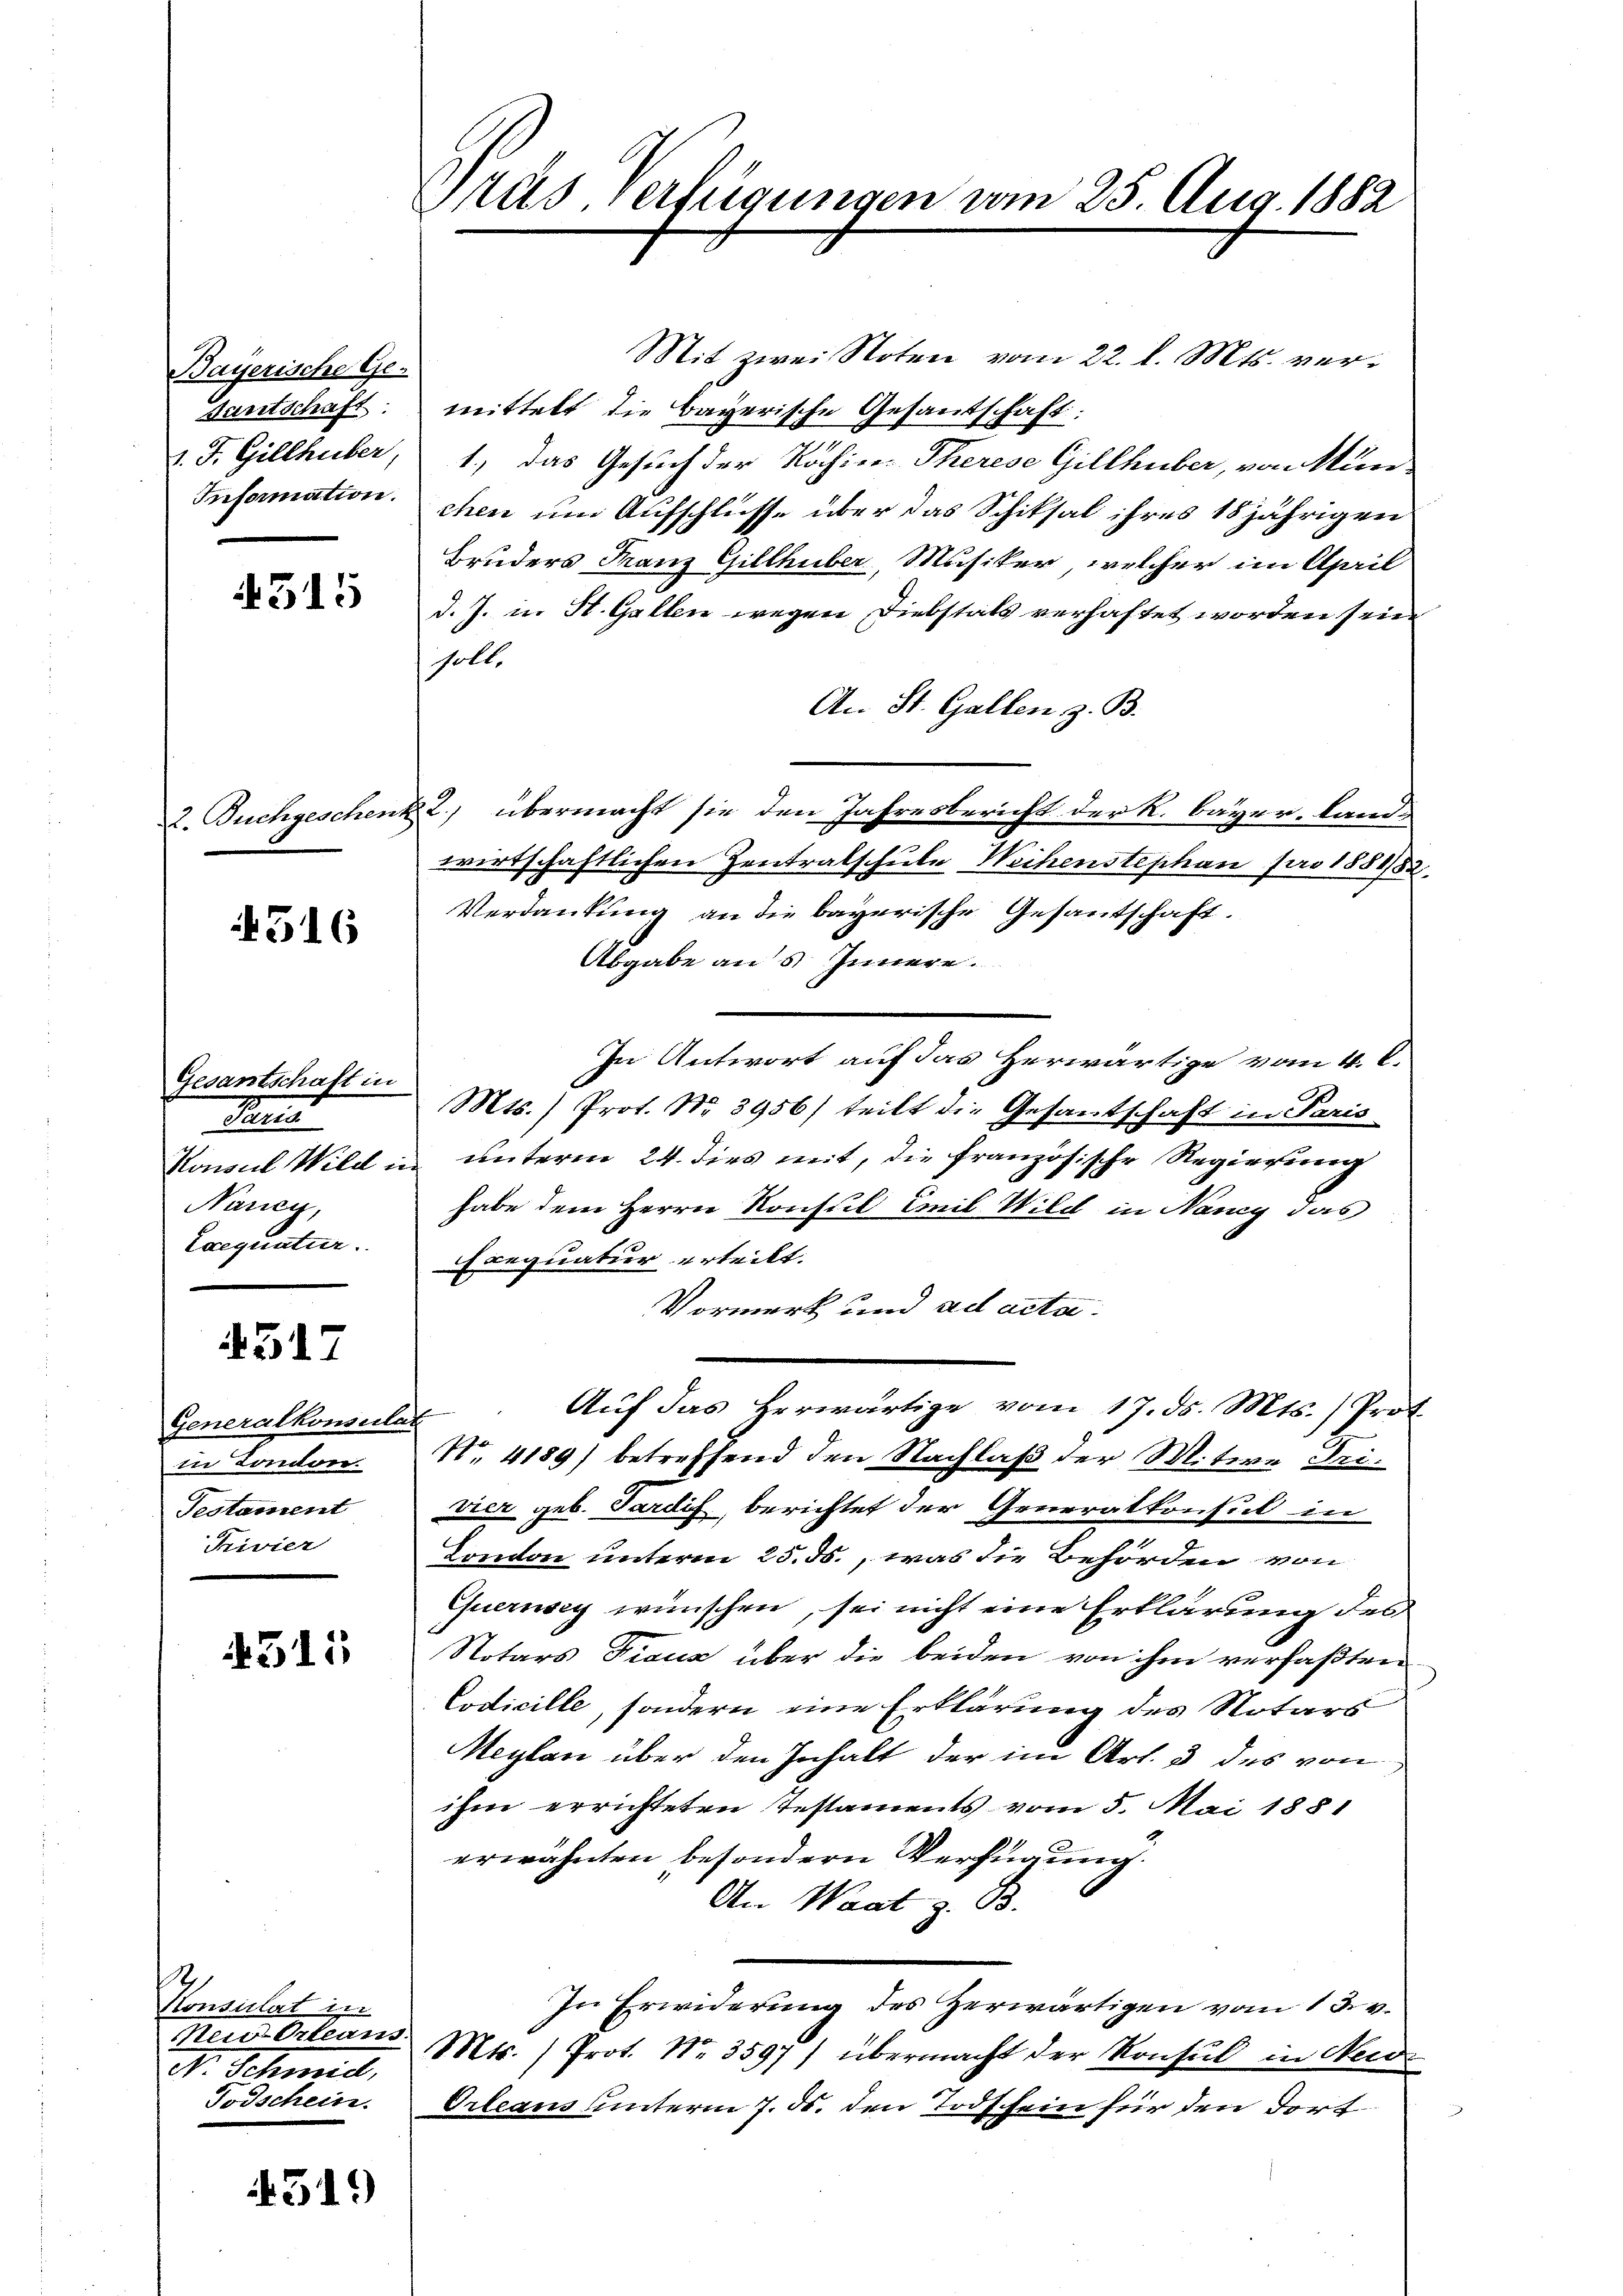
Bayerische Ge-
Sanitschaft.
Information.

4515

2. Buchgeschen

4516

Gesantschaft in
Pers
Nancy,
Exequatur.

4517

Generalkonsulat
in London.
Testament
Privier

4515

Konsulat in
New-Orleans
et. Schmid,
Todschein.

519)

Gras verfügungen vom 25. Aug. 1882

Mit zwei Noten vom 22. d. Mts. vermittelt die Bayerische Gesantschaft:
v. J. Gillhuber, 1., das Gesuch der Rochiven Therese Gillhuber, von Mün-
chen um Aufschlusse über das Schiksal ihres 15jährigen
Bruders Franz Gillhuber, Musiker, welcher im April
d. J. in St. Gallen wegen Diebstals verhaftet worden sein
solle
An St. Gallen z. B.
2) übermacht sie den Jahresbericht der R. bayer land-
wirtschaftlichen Zentralschule Weihenstephan pro 1881/82
Verdankung an die bayerische Gesantschaft.
Abgabe ans Innere.
In Antwort auf das Herwärtige vom 4. C.
Mts.) Prot. No. 3956) teilt die Gesantschaft in Paris
Konsul Wild in unterm 24. dies mit, die französische Regierung
habe dem Herrn Konsul Emil Wild in Nancy das
Exequatur erteilt.
Vormerk und ad acta.
Aŭf das herwärtige vom 17. ds. Mts. Prot
No. 4189) betreffend den Nachlaß der Mitwe Frivier geb. Sardis, berichtet der Generalkonsul in
Condon unterm 25. ds., was die Behörden von
Quernsey wünschen, sei nicht eine Erklärung des
Notars Fidus über die beiden von ihm verfaßten
Codicille, sondern eine Erklärung des Notars
Meylan über den Inhalt der im Art. 3 des von
ihm errichteten Testaments vom 5. Mai 1881
erwähnten besondern Verfügung.
An Waat z. B.
In Erwiderung des Herwärtigen vom 13. v.
Mts. ) Prot. No. 3597) übermacht der Konsul in Neid¬
Orleans unterm 7. ds. den Todt sein für den dort